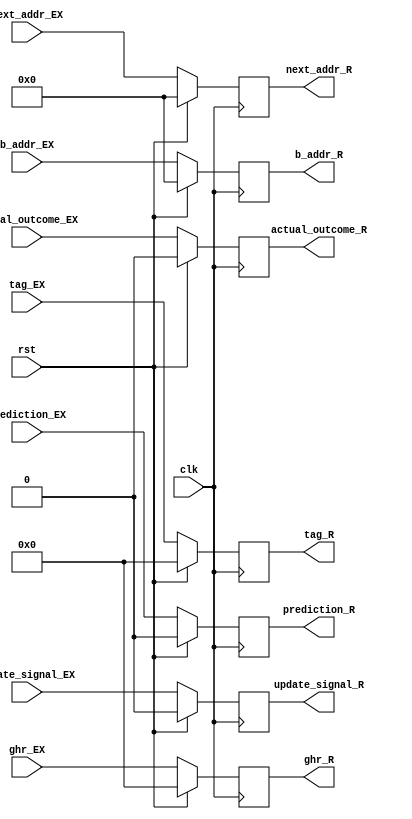
module BR_REG(

input clk, rst, update_signal_EX, prediction_EX, actual_outcome_EX,
input [4:0] ghr_EX, tag_EX,
input [7:0] next_addr_EX,
input [7:0] b_addr_EX,

output update_signal_R, prediction_R, actual_outcome_R,
output [4:0] ghr_R, tag_R,
output [7:0] next_addr_R,
output [7:0] b_addr_R

);

	reg update_signal, prediction, actual_outcome;
	
	reg [4:0] ghr;
	
	reg [4:0] tag;
	
	reg [7:0] b_addr, next_addr;
	
	
	
	assign update_signal_R   = update_signal;
	
	assign prediction_R      = prediction;
	
	assign actual_outcome_R  = actual_outcome;
	
	assign ghr_R             = ghr;
	
	assign next_addr_R       = next_addr;
	
	assign b_addr_R          = b_addr;
	
	assign tag_R             = tag;
	
	
	
	always@(posedge clk) begin
	
		if (rst) begin
		
			update_signal  <= 1'b0;
			
			prediction     <= 1'b0;
			
			actual_outcome <= 1'b0;
		
			ghr            <= 5'b0;
			
			next_addr      <= 8'b0;
			
			b_addr         <= 8'b0;
			
			tag            <= 5'b0;
			
		
		end
		
		else begin
		
			update_signal  <= update_signal_EX;
		
			prediction     <= prediction_EX;
			
			actual_outcome <= actual_outcome_EX;
			
			ghr            <= ghr_EX;
			
			tag            <= tag_EX;
			
			next_addr      <= next_addr_EX;
			
			b_addr         <= b_addr_EX;
			
		
		end
	
	
	end

endmodule